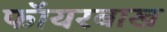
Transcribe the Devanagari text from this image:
फॉयरबाख